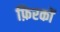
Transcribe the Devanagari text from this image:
फ़िरकों